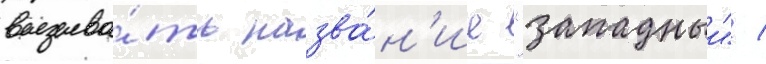
вызыва́ть назва́н'ие "западныи" /